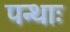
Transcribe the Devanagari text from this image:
पन्थाः